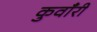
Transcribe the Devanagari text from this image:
कुवाँरी